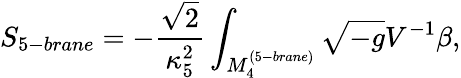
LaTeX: S_{5-brane}=-\frac{\sqrt{2}}{\kappa_{5}^{2}}\int_{M_{4}^{(5-brane)}}{\sqrt{-g}V^{-1}\beta},